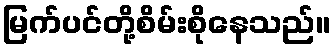
မြက်ပင်တို့စိမ်းစိုနေသည်။